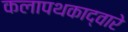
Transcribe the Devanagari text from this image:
कलापथकाद्वारे